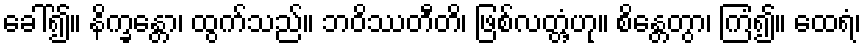
ခေါ်၍။ နိက္ခန္တော၊ ထွက်သည်။ ဘဝိဿတီတိ၊ ဖြစ်လတ္တံ့ဟု။ စိန္တေတွာ၊ ကြံ၍။ ထေရံ၊